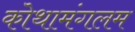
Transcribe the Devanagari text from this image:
कोथामंगलम